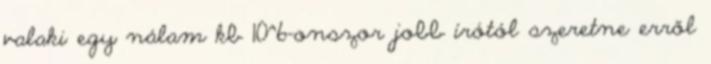
valaki egy nálam kb 10^6-onszor jobb írótól szeretne erről